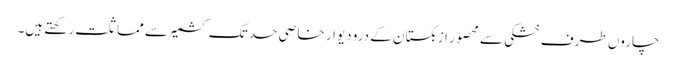
چاروں طرف خشکی سے محصور ازبکستان کے درو دیوار خاصی حد تک کشمیر سے مماثلت رکھتے ہیں۔